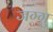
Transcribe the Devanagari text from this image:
जग्गु